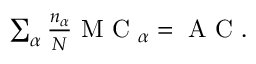
\begin{array} { r } { \sum _ { \alpha } \frac { n _ { \alpha } } { N } \mathrm { ~ M ~ C ~ } _ { \alpha } = \mathrm { ~ A ~ C ~ } . } \end{array}